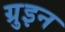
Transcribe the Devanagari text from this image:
ग्रुइन